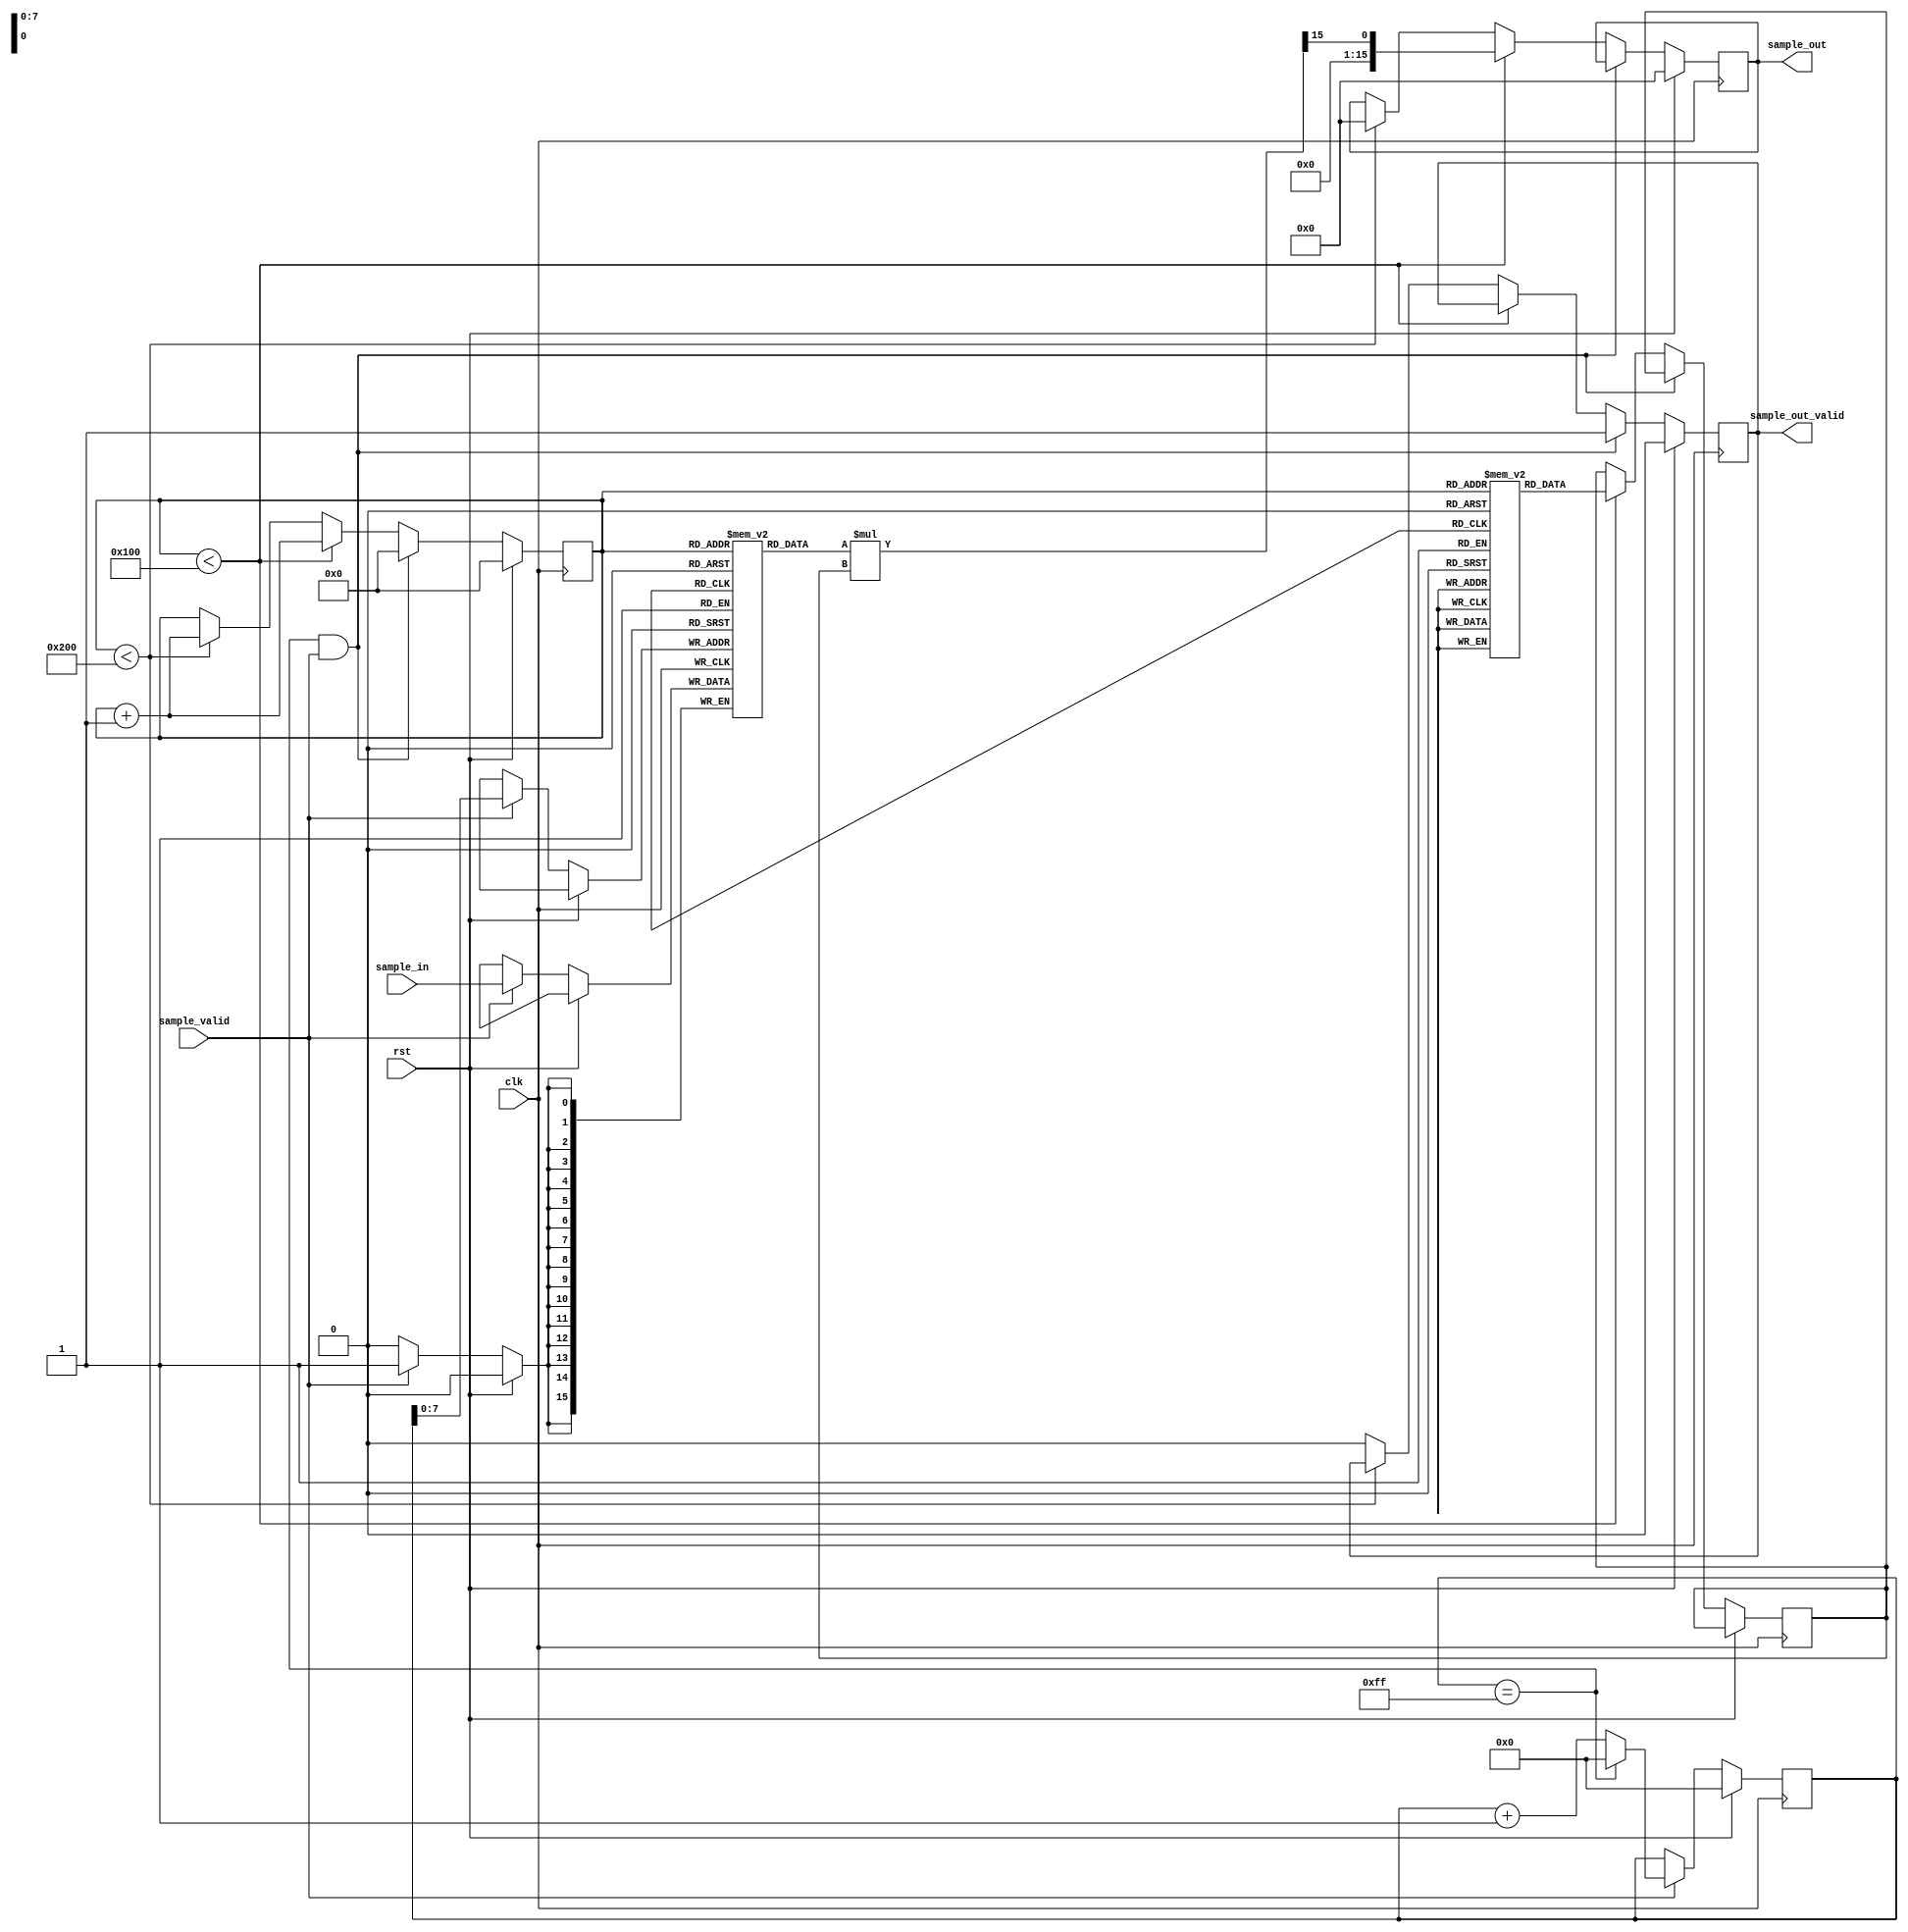
// Hanning Window Real Module
module hanning_window_real (
    input wire clk,
    input wire rst,
    input wire [15:0] sample_in,
    input wire sample_valid,
    output reg [15:0] sample_out,
    output reg sample_out_valid
);

// Parameters
localparam N = 256; // Frame size
localparam Q = 15; // Fixed-point precision
localparam NF = 512; // Power-of-two size for zero-padding

// Registers
reg [15:0] sample_buffer [0:N-1];
reg [$clog2(NF)-1:0] sample_count;
reg [$clog2(N)-1:0] coeff_count;
reg [15:0] coeff;

// Fixed-point constants
localparam [15:0] CONST_05 = 16'h4000; // 0.5 in Q15
localparam [15:0] CONST_2PI = 16'h6487; // 2 in Q15

// Hanning window coefficients (pre-computed)
reg [15:0] hanning_coeff [0:N-1];

initial begin
    hanning_coeff[0] = 16'h0000;
    hanning_coeff[1] = 16'h0005;
    hanning_coeff[2] = 16'h0014;
    hanning_coeff[3] = 16'h002D;
    hanning_coeff[4] = 16'h0050;
    hanning_coeff[5] = 16'h007C;
    hanning_coeff[6] = 16'h00B3;
    hanning_coeff[7] = 16'h00F3;
    hanning_coeff[8] = 16'h013D;
    hanning_coeff[9] = 16'h0191;
    hanning_coeff[10] = 16'h01EF;
    hanning_coeff[11] = 16'h0256;
    hanning_coeff[12] = 16'h02C7;
    hanning_coeff[13] = 16'h0341;
    hanning_coeff[14] = 16'h03C5;
    hanning_coeff[15] = 16'h0452;
    hanning_coeff[16] = 16'h04E9;
    hanning_coeff[17] = 16'h0588;
    hanning_coeff[18] = 16'h0631;
    hanning_coeff[19] = 16'h06E3;
    hanning_coeff[20] = 16'h079D;
    hanning_coeff[21] = 16'h0861;
    hanning_coeff[22] = 16'h092D;
    hanning_coeff[23] = 16'h0A01;
    hanning_coeff[24] = 16'h0ADE;
    hanning_coeff[25] = 16'h0BC3;
    hanning_coeff[26] = 16'h0CB1;
    hanning_coeff[27] = 16'h0DA6;
    hanning_coeff[28] = 16'h0EA3;
    hanning_coeff[29] = 16'h0FA8;
    hanning_coeff[30] = 16'h10B4;
    hanning_coeff[31] = 16'h11C8;
    hanning_coeff[32] = 16'h12E2;
    hanning_coeff[33] = 16'h1404;
    hanning_coeff[34] = 16'h152D;
    hanning_coeff[35] = 16'h165C;
    hanning_coeff[36] = 16'h1792;
    hanning_coeff[37] = 16'h18CE;
    hanning_coeff[38] = 16'h1A10;
    hanning_coeff[39] = 16'h1B58;
    hanning_coeff[40] = 16'h1CA6;
    hanning_coeff[41] = 16'h1DF9;
    hanning_coeff[42] = 16'h1F52;
    hanning_coeff[43] = 16'h20AF;
    hanning_coeff[44] = 16'h2212;
    hanning_coeff[45] = 16'h2379;
    hanning_coeff[46] = 16'h24E5;
    hanning_coeff[47] = 16'h2654;
    hanning_coeff[48] = 16'h27C8;
    hanning_coeff[49] = 16'h2940;
    hanning_coeff[50] = 16'h2ABB;
    hanning_coeff[51] = 16'h2C39;
    hanning_coeff[52] = 16'h2DBB;
    hanning_coeff[53] = 16'h2F3F;
    hanning_coeff[54] = 16'h30C6;
    hanning_coeff[55] = 16'h324F;
    hanning_coeff[56] = 16'h33DA;
    hanning_coeff[57] = 16'h3568;
    hanning_coeff[58] = 16'h36F6;
    hanning_coeff[59] = 16'h3887;
    hanning_coeff[60] = 16'h3A18;
    hanning_coeff[61] = 16'h3BAB;
    hanning_coeff[62] = 16'h3D3E;
    hanning_coeff[63] = 16'h3ED1;
    hanning_coeff[64] = 16'h4065;
    hanning_coeff[65] = 16'h41F9;
    hanning_coeff[66] = 16'h438C;
    hanning_coeff[67] = 16'h451F;
    hanning_coeff[68] = 16'h46B1;
    hanning_coeff[69] = 16'h4842;
    hanning_coeff[70] = 16'h49D1;
    hanning_coeff[71] = 16'h4B5F;
    hanning_coeff[72] = 16'h4CEC;
    hanning_coeff[73] = 16'h4E76;
    hanning_coeff[74] = 16'h4FFE;
    hanning_coeff[75] = 16'h5184;
    hanning_coeff[76] = 16'h5307;
    hanning_coeff[77] = 16'h5487;
    hanning_coeff[78] = 16'h5603;
    hanning_coeff[79] = 16'h577D;
    hanning_coeff[80] = 16'h58F2;
    hanning_coeff[81] = 16'h5A64;
    hanning_coeff[82] = 16'h5BD2;
    hanning_coeff[83] = 16'h5D3B;
    hanning_coeff[84] = 16'h5EA0;
    hanning_coeff[85] = 16'h6000;
    hanning_coeff[86] = 16'h615B;
    hanning_coeff[87] = 16'h62B1;
    hanning_coeff[88] = 16'h6402;
    hanning_coeff[89] = 16'h654C;
    hanning_coeff[90] = 16'h6692;
    hanning_coeff[91] = 16'h67D1;
    hanning_coeff[92] = 16'h690A;
    hanning_coeff[93] = 16'h6A3C;
    hanning_coeff[94] = 16'h6B68;
    hanning_coeff[95] = 16'h6C8D;
    hanning_coeff[96] = 16'h6DAC;
    hanning_coeff[97] = 16'h6EC3;
    hanning_coeff[98] = 16'h6FD3;
    hanning_coeff[99] = 16'h70DC;
    hanning_coeff[100] = 16'h71DC;
    hanning_coeff[101] = 16'h72D6;
    hanning_coeff[102] = 16'h73C7;
    hanning_coeff[103] = 16'h74B0;
    hanning_coeff[104] = 16'h7591;
    hanning_coeff[105] = 16'h766A;
    hanning_coeff[106] = 16'h773A;
    hanning_coeff[107] = 16'h7802;
    hanning_coeff[108] = 16'h78C1;
    hanning_coeff[109] = 16'h7977;
    hanning_coeff[110] = 16'h7A24;
    hanning_coeff[111] = 16'h7AC8;
    hanning_coeff[112] = 16'h7B64;
    hanning_coeff[113] = 16'h7BF5;
    hanning_coeff[114] = 16'h7C7E;
    hanning_coeff[115] = 16'h7CFD;
    hanning_coeff[116] = 16'h7D73;
    hanning_coeff[117] = 16'h7DDF;
    hanning_coeff[118] = 16'h7E41;
    hanning_coeff[119] = 16'h7E9A;
    hanning_coeff[120] = 16'h7EE9;
    hanning_coeff[121] = 16'h7F2E;
    hanning_coeff[122] = 16'h7F6A;
    hanning_coeff[123] = 16'h7F9B;
    hanning_coeff[124] = 16'h7FC3;
    hanning_coeff[125] = 16'h7FE1;
    hanning_coeff[126] = 16'h7FF5;
    hanning_coeff[127] = 16'h7FFF;
    hanning_coeff[128] = 16'h7FFF;
    hanning_coeff[129] = 16'h7FF5;
    hanning_coeff[130] = 16'h7FE1;
    hanning_coeff[131] = 16'h7FC3;
    hanning_coeff[132] = 16'h7F9B;
    hanning_coeff[133] = 16'h7F6A;
    hanning_coeff[134] = 16'h7F2E;
    hanning_coeff[135] = 16'h7EE9;
    hanning_coeff[136] = 16'h7E9A;
    hanning_coeff[137] = 16'h7E41;
    hanning_coeff[138] = 16'h7DDF;
    hanning_coeff[139] = 16'h7D73;
    hanning_coeff[140] = 16'h7CFD;
    hanning_coeff[141] = 16'h7C7E;
    hanning_coeff[142] = 16'h7BF5;
    hanning_coeff[143] = 16'h7B64;
    hanning_coeff[144] = 16'h7AC8;
    hanning_coeff[145] = 16'h7A24;
    hanning_coeff[146] = 16'h7977;
    hanning_coeff[147] = 16'h78C1;
    hanning_coeff[148] = 16'h7802;
    hanning_coeff[149] = 16'h773A;
    hanning_coeff[150] = 16'h766A;
    hanning_coeff[151] = 16'h7591;
    hanning_coeff[152] = 16'h74B0;
    hanning_coeff[153] = 16'h73C7;
    hanning_coeff[154] = 16'h72D6;
    hanning_coeff[155] = 16'h71DC;
    hanning_coeff[156] = 16'h70DC;
    hanning_coeff[157] = 16'h6FD3;
    hanning_coeff[158] = 16'h6EC3;
    hanning_coeff[159] = 16'h6DAC;
    hanning_coeff[160] = 16'h6C8D;
    hanning_coeff[161] = 16'h6B68;
    hanning_coeff[162] = 16'h6A3C;
    hanning_coeff[163] = 16'h690A;
    hanning_coeff[164] = 16'h67D1;
    hanning_coeff[165] = 16'h6692;
    hanning_coeff[166] = 16'h654C;
    hanning_coeff[167] = 16'h6402;
    hanning_coeff[168] = 16'h62B1;
    hanning_coeff[169] = 16'h615B;
    hanning_coeff[170] = 16'h6000;
    hanning_coeff[171] = 16'h5EA0;
    hanning_coeff[172] = 16'h5D3B;
    hanning_coeff[173] = 16'h5BD2;
    hanning_coeff[174] = 16'h5A64;
    hanning_coeff[175] = 16'h58F2;
    hanning_coeff[176] = 16'h577D;
    hanning_coeff[177] = 16'h5603;
    hanning_coeff[178] = 16'h5487;
    hanning_coeff[179] = 16'h5307;
    hanning_coeff[180] = 16'h5184;
    hanning_coeff[181] = 16'h4FFE;
    hanning_coeff[182] = 16'h4E76;
    hanning_coeff[183] = 16'h4CEC;
    hanning_coeff[184] = 16'h4B5F;
    hanning_coeff[185] = 16'h49D1;
    hanning_coeff[186] = 16'h4842;
    hanning_coeff[187] = 16'h46B1;
    hanning_coeff[188] = 16'h451F;
    hanning_coeff[189] = 16'h438C;
    hanning_coeff[190] = 16'h41F9;
    hanning_coeff[191] = 16'h4065;
    hanning_coeff[192] = 16'h3ED1;
    hanning_coeff[193] = 16'h3D3E;
    hanning_coeff[194] = 16'h3BAB;
    hanning_coeff[195] = 16'h3A18;
    hanning_coeff[196] = 16'h3887;
    hanning_coeff[197] = 16'h36F6;
    hanning_coeff[198] = 16'h3568;
    hanning_coeff[199] = 16'h33DA;
    hanning_coeff[200] = 16'h324F;
    hanning_coeff[201] = 16'h30C6;
    hanning_coeff[202] = 16'h2F3F;
    hanning_coeff[203] = 16'h2DBB;
    hanning_coeff[204] = 16'h2C39;
    hanning_coeff[205] = 16'h2ABB;
    hanning_coeff[206] = 16'h2940;
    hanning_coeff[207] = 16'h27C8;
    hanning_coeff[208] = 16'h2654;
    hanning_coeff[209] = 16'h24E5;
    hanning_coeff[210] = 16'h2379;
    hanning_coeff[211] = 16'h2212;
    hanning_coeff[212] = 16'h20AF;
    hanning_coeff[213] = 16'h1F52;
    hanning_coeff[214] = 16'h1DF9;
    hanning_coeff[215] = 16'h1CA6;
    hanning_coeff[216] = 16'h1B58;
    hanning_coeff[217] = 16'h1A10;
    hanning_coeff[218] = 16'h18CE;
    hanning_coeff[219] = 16'h1792;
    hanning_coeff[220] = 16'h165C;
    hanning_coeff[221] = 16'h152D;
    hanning_coeff[222] = 16'h1404;
    hanning_coeff[223] = 16'h12E2;
    hanning_coeff[224] = 16'h11C8;
    hanning_coeff[225] = 16'h10B4;
    hanning_coeff[226] = 16'h0FA8;
    hanning_coeff[227] = 16'h0EA3;
    hanning_coeff[228] = 16'h0DA6;
    hanning_coeff[229] = 16'h0CB1;
    hanning_coeff[230] = 16'h0BC3;
    hanning_coeff[231] = 16'h0ADE;
    hanning_coeff[232] = 16'h0A01;
    hanning_coeff[233] = 16'h092D;
    hanning_coeff[234] = 16'h0861;
    hanning_coeff[235] = 16'h079D;
    hanning_coeff[236] = 16'h06E3;
    hanning_coeff[237] = 16'h0631;
    hanning_coeff[238] = 16'h0588;
    hanning_coeff[239] = 16'h04E9;
    hanning_coeff[240] = 16'h0452;
    hanning_coeff[241] = 16'h03C5;
    hanning_coeff[242] = 16'h0341;
    hanning_coeff[243] = 16'h02C7;
    hanning_coeff[244] = 16'h0256;
    hanning_coeff[245] = 16'h01EF;
    hanning_coeff[246] = 16'h0191;
    hanning_coeff[247] = 16'h013D;
    hanning_coeff[248] = 16'h00F3;
    hanning_coeff[249] = 16'h00B3;
    hanning_coeff[250] = 16'h007C;
    hanning_coeff[251] = 16'h0050;
    hanning_coeff[252] = 16'h002D;
    hanning_coeff[253] = 16'h0014;
    hanning_coeff[254] = 16'h0005;
    hanning_coeff[255] = 16'h0000;
end

// Input sample buffer
always @(posedge clk) begin
    if (rst) begin
        sample_count <= 0;
    end else if (sample_valid) begin
        sample_buffer[sample_count] <= sample_in;
        sample_count <= (sample_count == N-1) ? 0 : sample_count + 1;
    end
end

// Hanning window processing
always @(posedge clk) begin
    if (rst) begin
        coeff_count <= 0;
        sample_out <= 0;
        sample_out_valid <= 0;
    end else begin
        if (sample_count == N-1 && sample_valid) begin
            coeff_count <= 0;
            sample_out_valid <= 1;
        end else if (coeff_count < N) begin
            coeff <= hanning_coeff[coeff_count];
            sample_out <= (sample_buffer[coeff_count] * coeff) >>> Q;
            coeff_count <= coeff_count + 1;
        end else if (coeff_count < NF) begin
            sample_out <= 0; // Zero-padding
            coeff_count <= coeff_count + 1;
        end else begin
            sample_out_valid <= 0;
        end
    end
end

endmodule